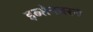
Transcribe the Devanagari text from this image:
इब्सेनवरचे